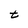
Character: t